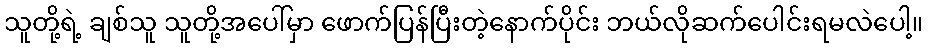
သူတို့ရဲ့ ချစ်သူ သူတို့အပေါ်မှာ ဖောက်ပြန်ပြီးတဲ့နောက်ပိုင်း ဘယ်လိုဆက်ပေါင်းရမလဲပေါ့။